Vital statistics of India. Vol. IV, Annual returns from 1871 to 1876. British Army of India, Native Army and jails of Bengal
Year: 1871
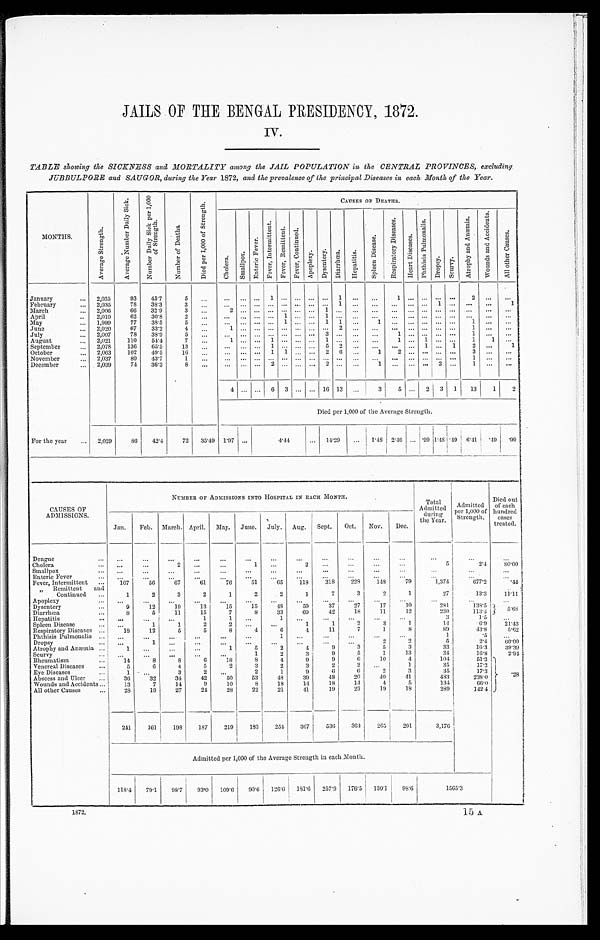
JAILS OF THE BENGAL PRESIDENCY, 1872.
IV.
TABLE showing the SICKNESS and MORTALITY among the JAIL POPULATION in the CENTRAL PROVINCES, excluding
JUBBULPORE and SAUGOR, during the Year 1872, and the prevalence of the principal Diseases in each Month of the Year.
MONTHS.
A v e r a g e S t r e n g t h .
A v e r a g e N u m b e r D a i l y S i c k .
N u m b e r D a i l y S i c k p e r 1 , 0 0 0 o f S t r e n g t h .
N u m b e r o f D e a t h s .
D i e d p e r 1 , 0 0 0 o f S t r e n g t h .
CAUSES OF DEATHS.
C h o l e r a . Smal l pox.
E n t e r i c F e v e r .
F e v e r , I n t e r m i t t e n t .
F e v e r , R e m i t t e n t . F e v e r , C o n t i n u e d .
A p o p l e x y . D y s e n t e r y .
D i a r r h œ a .
H e p a t i t i s .
S p l e e n D i s e a s e .
R e s p i r a t o r y D i s e a s e s .
H e a r t D i s e a s e s .
P h t h i s i s P u l m o n a l i s .
Dr o p s y .
S c u r v y .
A t r o p h y a n d A n æ m i a .
W o u n d s a n d A c c i d e n t s .
A l l o t h e r C a u s e s .
January . . .
2,035
93
45.7
5
. . .
. . . . . . . . .
1
. . . . . .
. . . . . .
1 . . .
. . . 1
. . .
. . .
. . .
. . .
2
. . .
. . .
February . . . 2,035
78
38.3
3
. . .
. . . . . . . . .
. . .
. . . . . .
. . . . . .
1
. . .
. . .
. . .
. . .
. . . 1
. . .
. . .
. . .
1
March . . . 2,006
66
32.9
3
. . .
2 . . .
. . .
. . .
. . . . . .
. . . 1
. . . . . .
. . .
. . .
. . .
. . .
. . .
. . .
. . .
. . .
. . .
April . . . 2,010
62
30.8
2
. . .. . . . . . . . .
. . . 1
. . .
. . . 1
. . . . . .
. . .
. . . . . . . . . . . . . . .
. . .
. . .
. . .
May . . .
1,999
77
38.5
5
. . . . . . . . .
. . .
. . .
1 . . .
. . . 1
1 . . .
1 . . . . . . . . . . . . . . .
1 . . .
. . .
June . . .
2,020
67
33.2
4
. . .
1 . . .
. . .
. . .
. . . . . .
. . . . . . 2 . . .
. . .
. . .
. . .
. . .
. . .
. . .
1
. . .
. . .
July . . . 2,007
78
38.9
5 . . .
. . .
. . . . . . . . . . . . . . .
. . . 3
. . . . . .
. . . 1
. . .
. . .
. . .
. . .
1
. . .
. . .
August . . .
2,021
110
54.4
7 . . .
1 . . .
. . . 1
. . . . . .
. . . 1
. . . . . .
. . . 1
. . . 1 . . .
. . .
1
1
. . .
September . . .
2,078
136
65.5
13
. . . . . . . . . . . .
1
. . . . . .
. . . 5
2 . . .
. . .
. . . . . . 1 . . . 1
2 . . .
1
October . . . 2,063
102
49.5
16
. . .
. . . . . .
. . . 1 1 . . . . . . 2 6 . . .
1
2
. . .
. . .
. . .
. . .
3 . . .
. . .
November . . . 2,037
89
4 3 . 7
1
. . . . . . . . . . . . . . . . . . . . . . . . . . . . . . . . .
. . . . . . . . . . . . . . . . . .
1 . . .
. . .
December . . .
2,039
74
36.3
8
. . .
. . . . . . . . . 2
. . . . . .
. . .
2
. . . . . .
1
. . .
. . .
. . .
2
. . .
1 . . .
. . .
4 . . . . . . 6 3 . . . . . . 16 13 . . .
3
5 . . .
2 3
1
13
1
2
Di ed per 1, 000 of t he Aver age St r engt h.
For the year . . .
2,029
86
42.4
72
35.49 1.97 . . .
4.44
. . . 14.29
. . .
1. 48 2.46
. . . .99 1.48
. 4 9
6.41
.49
. 9 9
CAUSES OF
ADMISSIONS.
NUMBED OF ADMISSIONS INTO HOSPITAL IN EACH MONTH.
Total
Admitted
d u r i n g t h e Y e a r .
Admitted
Per 1,000 of
Strength.
Died out
of each
hundred
cases
treated.
Jan.
Feb. March. April. May. June. July. Aug. Sept.
Oct.
Nov.
Dec.
Dengue . . .
. . .
. . .
. . .
. . .
. . .
. . .
. . .
. . .
. . .
. . .
. . .
. . .
. . .
. . .
. . .
Cholera . . .
. . .
. . .
2
. . . . . .
1
. . .
2
. . . . . .
. . .
. . .
5
2.4
80.00
Smallpox . . .
. . . . . .
. . .
. . .
. . .
. . .
. . .
. . .
. . .
. . .
. . .
. . .
. . .
. . .
. . .
Enteric Fever . . .
. . . . . .
. . .
. . .
. . .
. . .
. . .
. . .
. . . . . .
. . .
. . .
. . .
. . .
. . .
Fever, Intermittent . . .
107
56
67
61
76
51
65
118
318
228
148
79
1,374
677.2
.41
Remittent and
Continued . . .
1
2
3
2
1
2
2
1
7
3
2
1
27
13.3
11.11
Apoplexy . . .
. . . . . .
. . .
. . .
. . .
. . .
. . .
. . .
. . .
. . .
. . .
. . .
. . .
. . .
. . .
Dysentery . . .
9
12
19
13
15
15
48
59
37
27
17
10
281
138.5
5 . 6 8
Diarrhœa . . .
8
5
11
15
7
8
33
60
42
18
11
12
230
113.4
Hepatitis . . .
. . .
. . .
. . .
1
1
. . .
1
. . .
. . .
. . .
. . .
. . .
3
1.5
. . .
Spleen Disease . . .
. . .
1
1
2
2
. . . . . .
1
1
2
3
1
14
6.9
21.43
Respiratory Diseases . . .
18
12
5
5
8
4
6
4
11
7
1
8
89
43.8
5.62
Phthisis Pulmonalis . . .
. . .
. . .
. . .
. . .
. . .
. . .
1 . . .
. . .
. . .
. . .
. . .
1
.5
. . .
Dropsy . . .
. . .
1
. . .
. . .
. . .
. . .
. . .
. . .
. . .
. . .
2
2
5.
2.4
60.00
Atrophy and Anæmia . . .
1
. . .
. . .
. . .
1
5
2
4
9
3
5
3
33
16.3
39.39
Scurvy . . .
. . .
. . .
. . .
. . .
. . .
1
2
3
9
5
1
13
34
16.8
2.94
Rheumatism . . .
14
8
8
6
18
8
4
9
9
6
10
4
104
51.3
.28
Venereal Diseases . . .
5
6
4
5
2
3
2
3
2
2
. . .
1
35
17.3
Eye Diseases . . .
1
. . .
3
2
. . .
2
1
9
6
6
2
3
35
17.3.
Abscess and Ulcer . . .
36
32
34
42
50
53
48
39
48
20
40
41
483
238.0
Wounds and Accidents . . .
13
7
14
9
10
8
18
14
18
14
4
5
134
66.0
All other Causes . . .
28
19
27
24
28
22
21
41
19
23
19
18
289
142.4
241
161
198
187
219
183
254
367
536
364
265
201
3,176
Admitted per 1,000 of the Average Strength in each Month.
118.4
79.1
98.7
93.0
109.6
90.6 126.0
181.6
257.9
176.5
130.1
98 . 6
1565.3
1872.
1 5 A